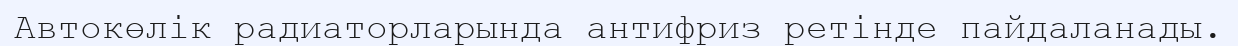
Автокөлік радиаторларында антифриз ретінде пайдаланады.